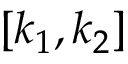
[ k _ { 1 } , k _ { 2 } ]